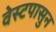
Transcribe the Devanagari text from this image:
वेस्टपासुन